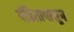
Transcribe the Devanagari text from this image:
पंडितापासून